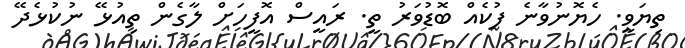
ތިޔަވީ. ހެޔޮނުވާނެ ފުކެއް ބޮޑުވަރު ތީ. ރައީސް އޮފީހަށް ލާގެން ތިއުޅޭ ނުކުޅެދޭ